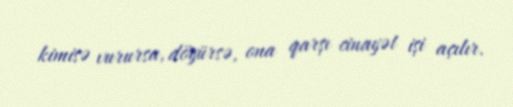
kimisə vurursa, döyürsə, ona qarşı cinayət işi açılır.